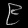
Digit: ၉